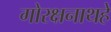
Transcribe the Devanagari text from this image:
गोरक्षनाथहे